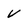
Character: v